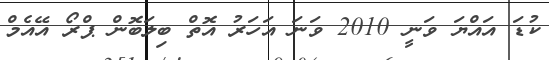
ކުޑަ އައްޔަ ވަނީ 2010 ވަނަ އަހަރު އޮތް ބިލަބޮން ޕްރޯ އޭއެމް